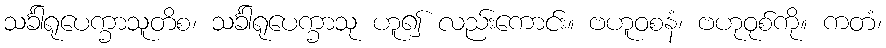
သင်္ခါရုပေက္ခာသူတိစ၊ သင်္ခါရုပေက္ခာသု ဟူ၍ လည်းကောင်း။ ဗဟူဝစနံ၊ ဗဟုဝုစ်ကို။ ကတံ၊